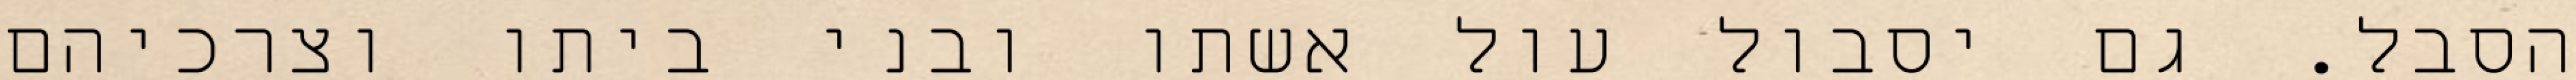
הסבל. גם יסבול עול אשתו ובני ביתו וצרכיהם